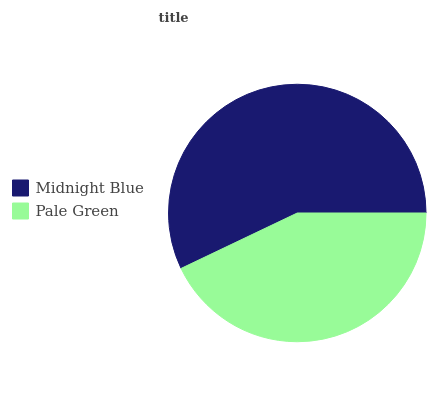
| Midnight Blue | Pale Green |
 | --- | --- |
 | 57.1% | 42.9% |